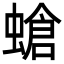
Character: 螥